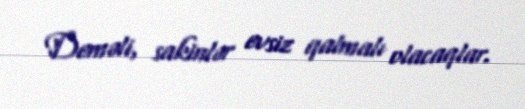
Deməli, sakinlər evsiz qalmalı olacaqlar.